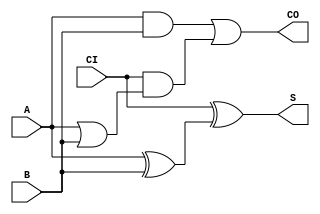
module FA_X1 (A, B, CI, CO, S);
  input A;
  input B;
  input CI;
  output CO;
  output S;

  or(CO, i_16, i_17);
  and(i_16, A, B);
  and(i_17, CI, i_18);
  or(i_18, A, B);
  xor(S, CI, i_22);
  xor(i_22, A, B);


endmodule